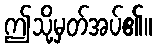
ဤသို့မှတ်အပ်၏။